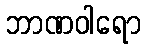
ဘာဏဝါရော